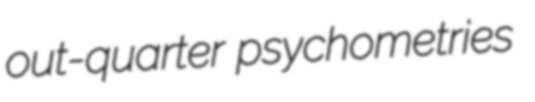
out-quarter psychometries